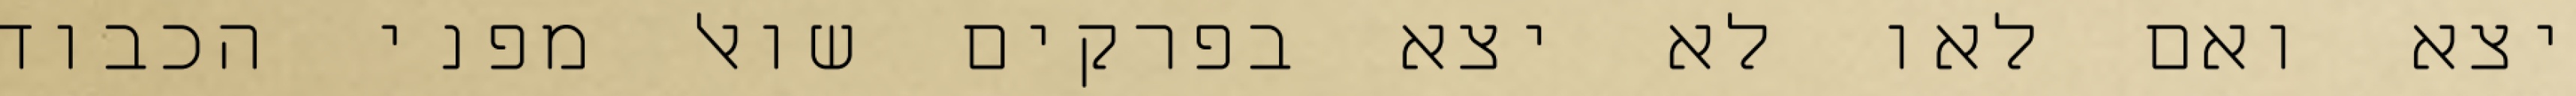
יצא ואם לאו לא יצא בפרקים שואל מפני הכבוד